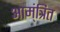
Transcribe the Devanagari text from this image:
आम्ंत्रित